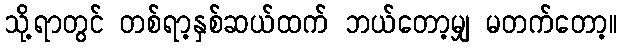
သို့ရာတွင် တစ်ရာ့နှစ်ဆယ်ထက် ဘယ်တော့မျှ မတက်တော့။